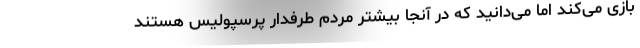
بازی می‌کند اما می‌دانید ‌که در آنجا بیشتر مردم طرفدار پرسپولیس هستند